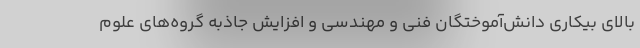
بالای بیکاری دانش‌آموختگان فنی و مهندسی و افزایش جاذبه گروه‌های علوم